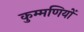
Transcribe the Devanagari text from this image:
कुम्मणियों